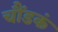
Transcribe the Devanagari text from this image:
चौंडकं